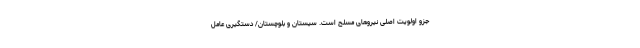
جزو اولویت اصلی نیروهای مسلح است. سیستان و بلوچستان/ دستگیری عامل